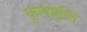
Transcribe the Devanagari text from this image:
कुलमुक्ति